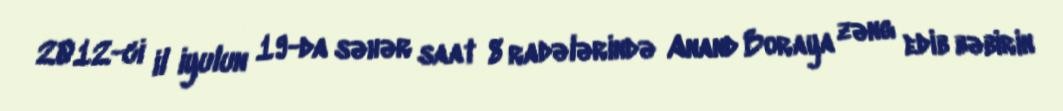
2012-ci il iyulun 19-da səhər saat 8 radələrində Anand Boraya zəng edib bəbirin